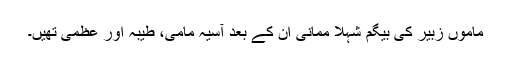
ماموں زبیر کی بیگم شہلا ممانی ان کے بعد آسیہ مامی، طیبہ اور عظمیٰ تھیں۔